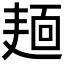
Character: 𪎎